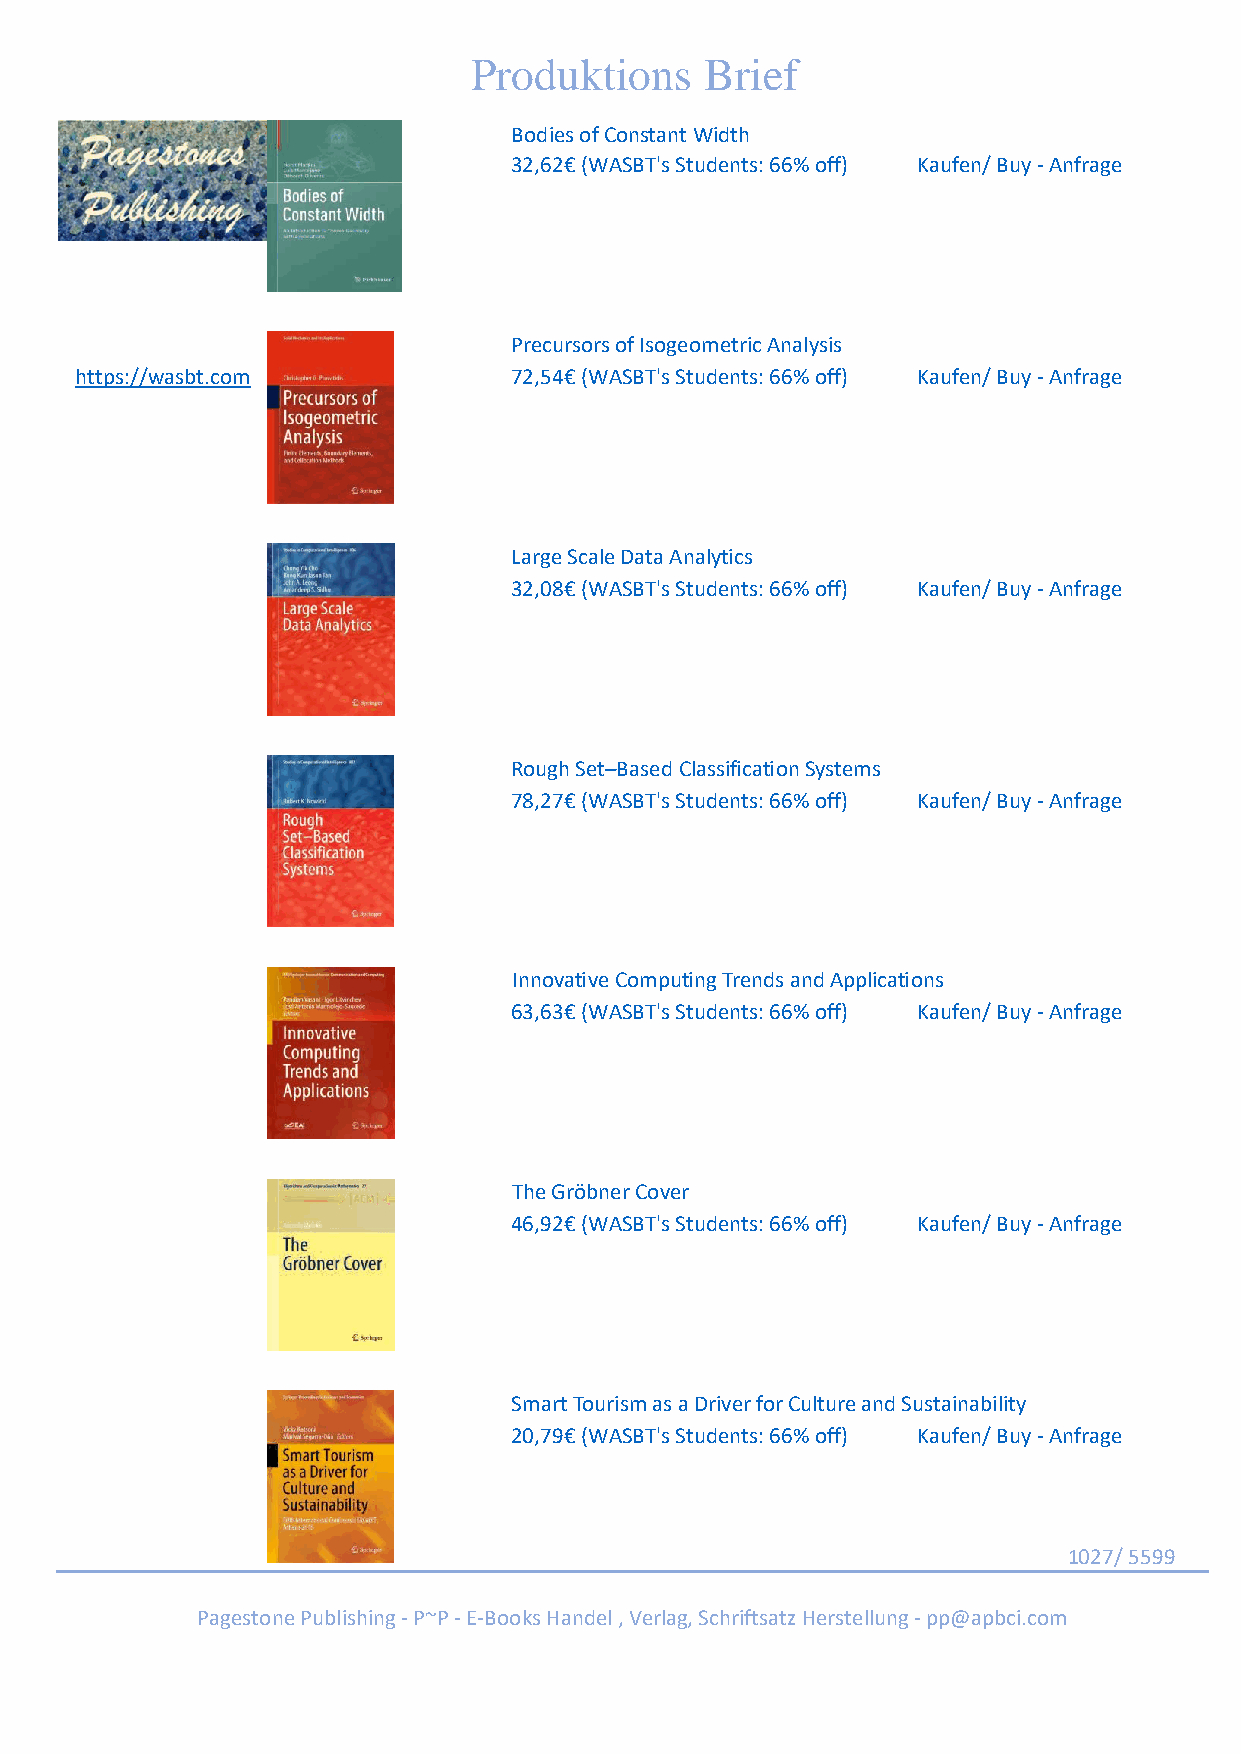
Produktions     Brief
 Bodies of Constant Width
 32,62€ (WASBT's Students: 66% off) Kaufen/ Buy - Anfrage
 Precursors of Isogeometric Analysis
 https://wasbt.com            72,54€ (WASBT's Students: 66% off) Kaufen/ Buy - Anfrage
 Large Scale Data Analytics
 32,08€ (WASBT's Students: 66% off) Kaufen/ Buy - Anfrage
 Rough Set–Based Classification Systems
 78,27€ (WASBT's Students: 66% off) Kaufen/ Buy - Anfrage
 Innovative Computing Trends and Applications
 63,63€ (WASBT's Students: 66% off) Kaufen/ Buy - Anfrage
 The Gröbner Cover
 46,92€ (WASBT's Students: 66% off) Kaufen/ Buy - Anfrage
 Smart Tourism as a Driver for Culture and Sustainability
 20,79€ (WASBT's Students: 66% off) Kaufen/ Buy - Anfrage
 1027/ 5599
 Pagestone Publishing - P~P - E-Books Handel , Verlag, Schriftsatz Herstellung - pp@apbci.com